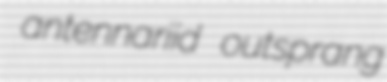
antennariid outsprang